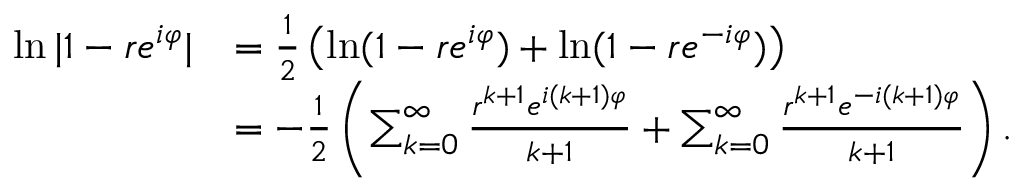
\begin{array} { r l } { \ln | 1 - r e ^ { i \varphi } | } & { = \frac { 1 } { 2 } \left( \ln ( 1 - r e ^ { i \varphi } ) + \ln ( 1 - r e ^ { - i \varphi } ) \right) } \\ & { = - \frac { 1 } { 2 } \left( \sum _ { k = 0 } ^ { \infty } \frac { r ^ { k + 1 } e ^ { i ( k + 1 ) \varphi } } { k + 1 } + \sum _ { k = 0 } ^ { \infty } \frac { r ^ { k + 1 } e ^ { - i ( k + 1 ) \varphi } } { k + 1 } \right) . } \end{array}